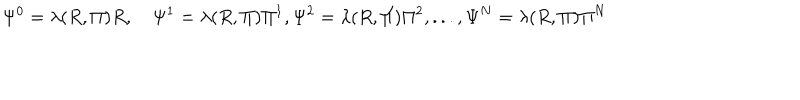
\Psi ^ { 0 } = \lambda ( R , \Pi ) R , \quad \Psi ^ { 1 } = \lambda ( R , \Pi ) \Pi ^ { 1 } , \Psi ^ { 2 } = \lambda ( R , \Pi ) \Pi ^ { 2 } , . . . , \Psi ^ { N } = \lambda ( R , \Pi ) \Pi ^ { N }